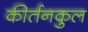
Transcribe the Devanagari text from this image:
कीर्तनकुल